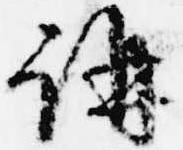
講